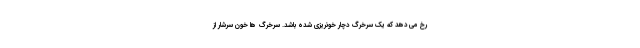
رخ می دهد که یک سرخرگ دچار خونریزی شده باشد. سرخرگ ها خون سرشار از